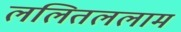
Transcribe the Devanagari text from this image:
ललितललाम